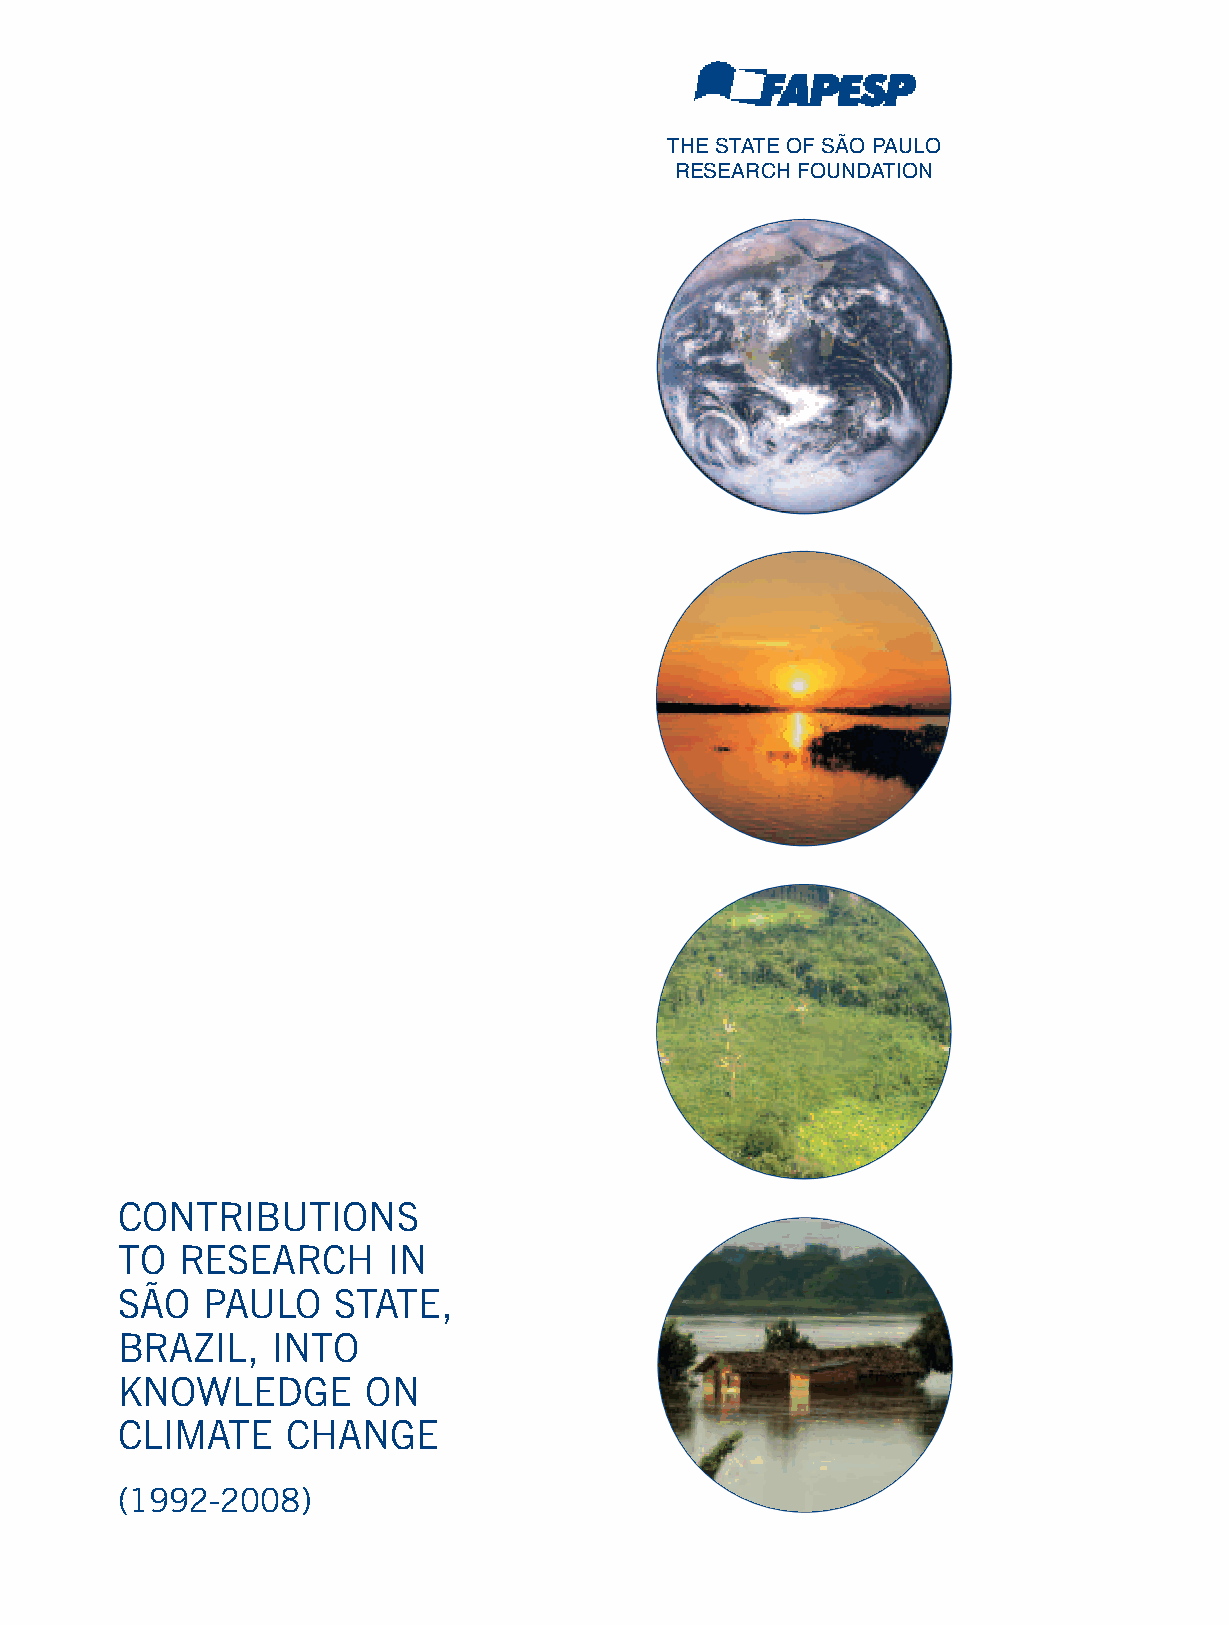
THE STATE OF SÃO PAULO
 RESEARCH FOUNDATION
 CONTRIBUTIONS
 TO  RESEARCH      IN
 SÃO  PAULO    STATE,
 BRAZIL,   INTO
 KNOWLEDGE       ON
 CLIMATE    CHANGE
 (1992-2008)